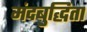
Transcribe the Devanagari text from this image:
मंदबुद्धिता